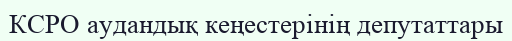
КСРО аудандық кеңестерінің депутаттары